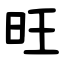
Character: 旺